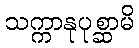
သက္ကာနုပုစ္ဆာမိ